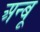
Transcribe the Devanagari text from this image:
अन्बू